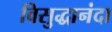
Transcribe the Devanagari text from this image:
विसुद्धानंदा